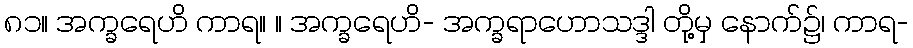
၈၁။ အက္ခရေဟိ ကာရ။ ။ အက္ခရေဟိ- အက္ခရာဟောသဒ္ဒါ တို့မှ နောက်၌၊ ကာရ-